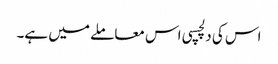
اس کی دلچسپی اس معاملے میں ہے۔